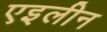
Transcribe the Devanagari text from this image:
एइलीन